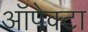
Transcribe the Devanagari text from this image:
ऑपेक्टा